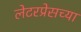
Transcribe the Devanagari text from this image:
लेटरप्रेसच्या